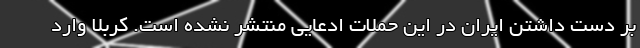
بر دست داشتن ایران در این حملات ادعایی منتشر نشده است. کربلا وارد